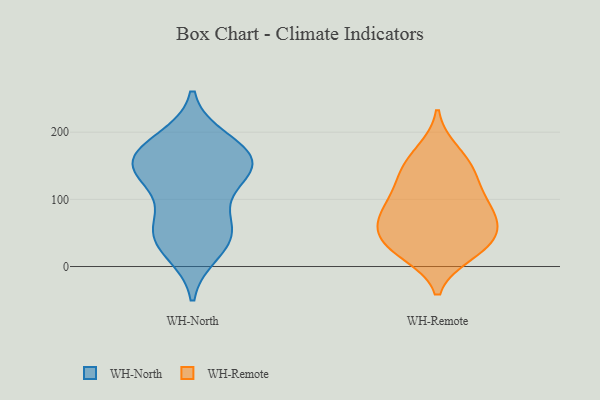
{"axis": {"x": "Website Visitors", "y": "Value"}, "legend": ["WH-North", "WH-Remote"], "data": [{"x": "", "y": 155, "type": "WH-North"}, {"x": "", "y": 73, "type": "WH-North"}, {"x": "", "y": 131, "type": "WH-North"}, {"x": "", "y": 169, "type": "WH-North"}, {"x": "", "y": 155, "type": "WH-North"}, {"x": "", "y": 40, "type": "WH-North"}, {"x": "", "y": 50, "type": "WH-North"}, {"x": "", "y": 142, "type": "WH-North"}, {"x": "", "y": 138, "type": "WH-North"}, {"x": "", "y": 23, "type": "WH-North"}, {"x": "", "y": 52, "type": "WH-North"}, {"x": "", "y": 187, "type": "WH-North"}, {"x": "", "y": 173, "type": "WH-North"}, {"x": "", "y": 25, "type": "WH-Remote"}, {"x": "", "y": 81, "type": "WH-Remote"}, {"x": "", "y": 67, "type": "WH-Remote"}, {"x": "", "y": 81, "type": "WH-Remote"}, {"x": "", "y": 154, "type": "WH-Remote"}, {"x": "", "y": 78, "type": "WH-Remote"}, {"x": "", "y": 20, "type": "WH-Remote"}, {"x": "", "y": 171, "type": "WH-Remote"}, {"x": "", "y": 34, "type": "WH-Remote"}, {"x": "", "y": 39, "type": "WH-Remote"}, {"x": "", "y": 49, "type": "WH-Remote"}, {"x": "", "y": 124, "type": "WH-Remote"}, {"x": "", "y": 140, "type": "WH-Remote"}, {"x": "", "y": 110, "type": "WH-Remote"}]}